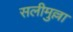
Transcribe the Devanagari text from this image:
सलीमुल्ला